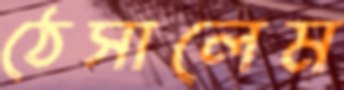
ঠেসালেম